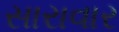
સારાવાર